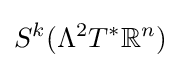
S^{k}(\Lambda ^{2}T^{*}\mathbb {R} ^{n})